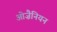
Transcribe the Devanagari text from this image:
ओज़ैनियन